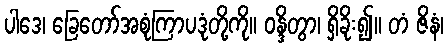
ပါဒေ၊ ခြေတော်အစုံကြာပဒုံတို့ကို။ ဝန္ဒိတွာ၊ ရှိခိုး၍။ တံ ဇိနံ၊